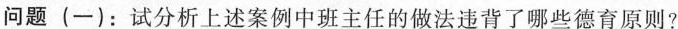
问题(一)：试分析上述案例中班主任的做法违背了哪些德育原则?